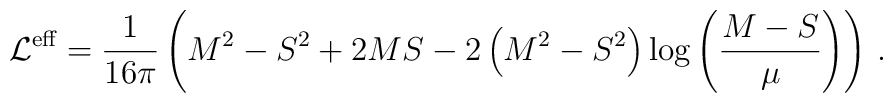
{\cal L}^{\mbox{\scriptsize eff}}=\frac{1}{16\pi}\left(M^2-S^2+2MS-2\left(M^2-S^2\right)\log\left(\frac{M-S}{\mu}\right)\right)\,.